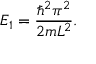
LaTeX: E _ { 1 } = { \frac { \hbar ^ { 2 } \pi ^ { 2 } } { 2 m L ^ { 2 } } } .